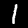
Digit: 1